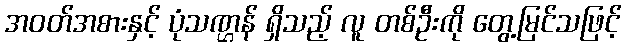
အဝတ်အစားနှင့် ပုံသဏ္ဌန် ရှိသည့် လူ တစ်ဦးကို တွေ့မြင်သဖြင့်